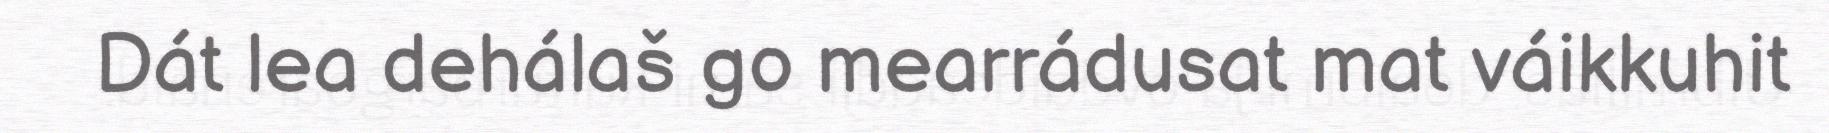
Dát lea dehálaš go mearrádusat mat váikkuhit